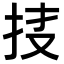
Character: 𢫇